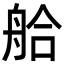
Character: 䑪